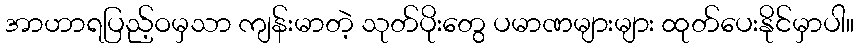
အာဟာရပြည့်ဝမှသာ ကျန်းမာတဲ့ သုတ်ပိုးတွေ ပမာဏများများ ထုတ်ပေးနိုင်မှာပါ။